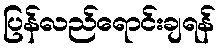
ပြန်လည်ရောင်းချရန်